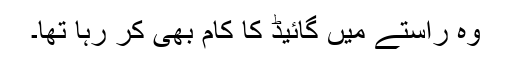
وہ راستے میں گائیڈ کا کام بھی کر رہا تھا۔